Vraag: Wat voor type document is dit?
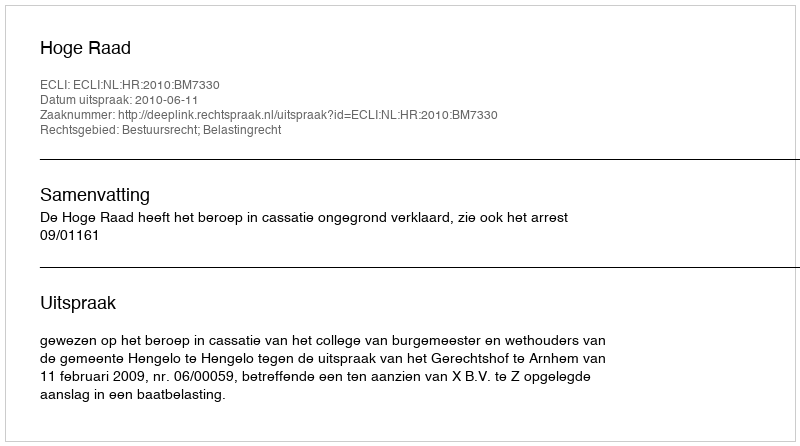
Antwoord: Uitspraak